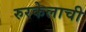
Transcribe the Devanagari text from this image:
रुरकेलाची